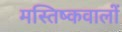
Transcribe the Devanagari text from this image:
मस्तिष्कवालों